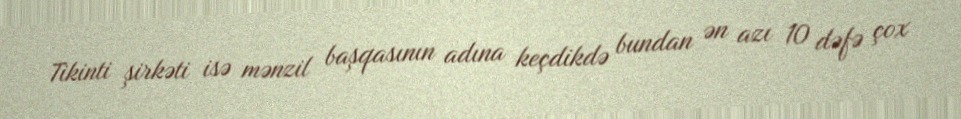
Tikinti şirkəti isə mənzil başqasının adına keçdikdə bundan ən azı 10 dəfə çox